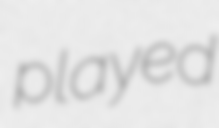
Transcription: played